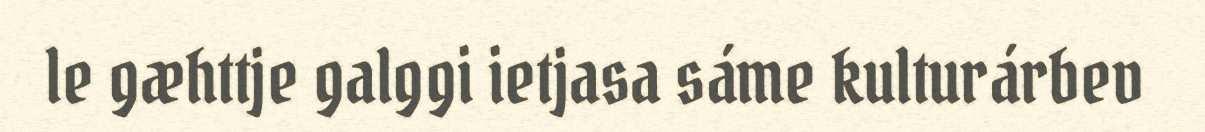
le gæhttje galggi ietjasa sáme kulturárbev